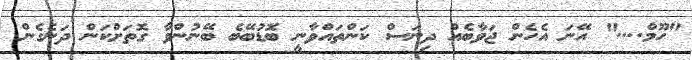
"ހޫމް...." އޭނަ އެހެން ޖަވާބެއް ދިނަސް ކަންތައްވާނީ ބޮޑުބޭބެ ބޭނުންވާ ގޮތަށްކަން ދަނެގެން